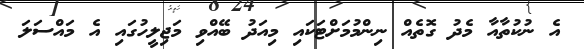
އެ ނުކުތާއާ މެދު ގޮތެއް ނިންމުމަށްޓަކައި މިއަދު ބޭއްވި މަޖިލީހުގައި އެ މައްސަލަ